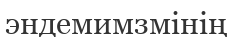
эндемимзмінің